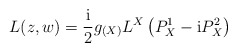
\begin{align*}L(z,w)=\frac{\rm i}{2}g_{(X)}L^{X} \left( P^1_{X} - {\rm i}P^2_{X}\right) \end{align*}